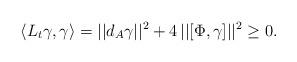
LaTeX: \begin{align*}\langle L_t \gamma, \gamma \rangle = || d_{A} \gamma||^2 + 4 \, || [\Phi,\gamma] ||^2 \geq 0.\end{align*}